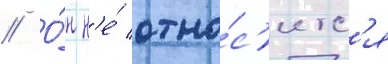
// О́н н'е́ отно́с'итс'я